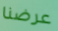
عرضنا